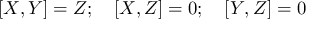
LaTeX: [ X , Y ] = Z ; \quad [ X , Z ] = 0 ; \quad [ Y , Z ] = 0